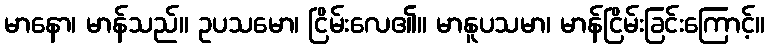
မာနော၊ မာန်သည်။ ဥပသမော၊ ငြိမ်းလေ၏။ မာနူပသမာ၊ မာန်ငြိမ်းခြင်းကြောင့်။